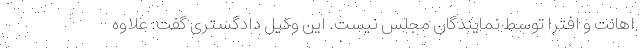
اهانت و افترا توسط نمایندگان مجلس نیست. این وکیل دادگستری گفت: علاوه